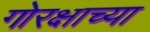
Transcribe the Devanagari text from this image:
गोरक्षाच्या